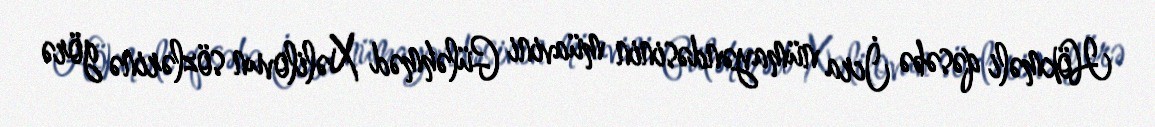
Hökməli qəsəbə İcra nümayəndəsinin müavini Güləhməd Xəlilovun sözlərinə görə